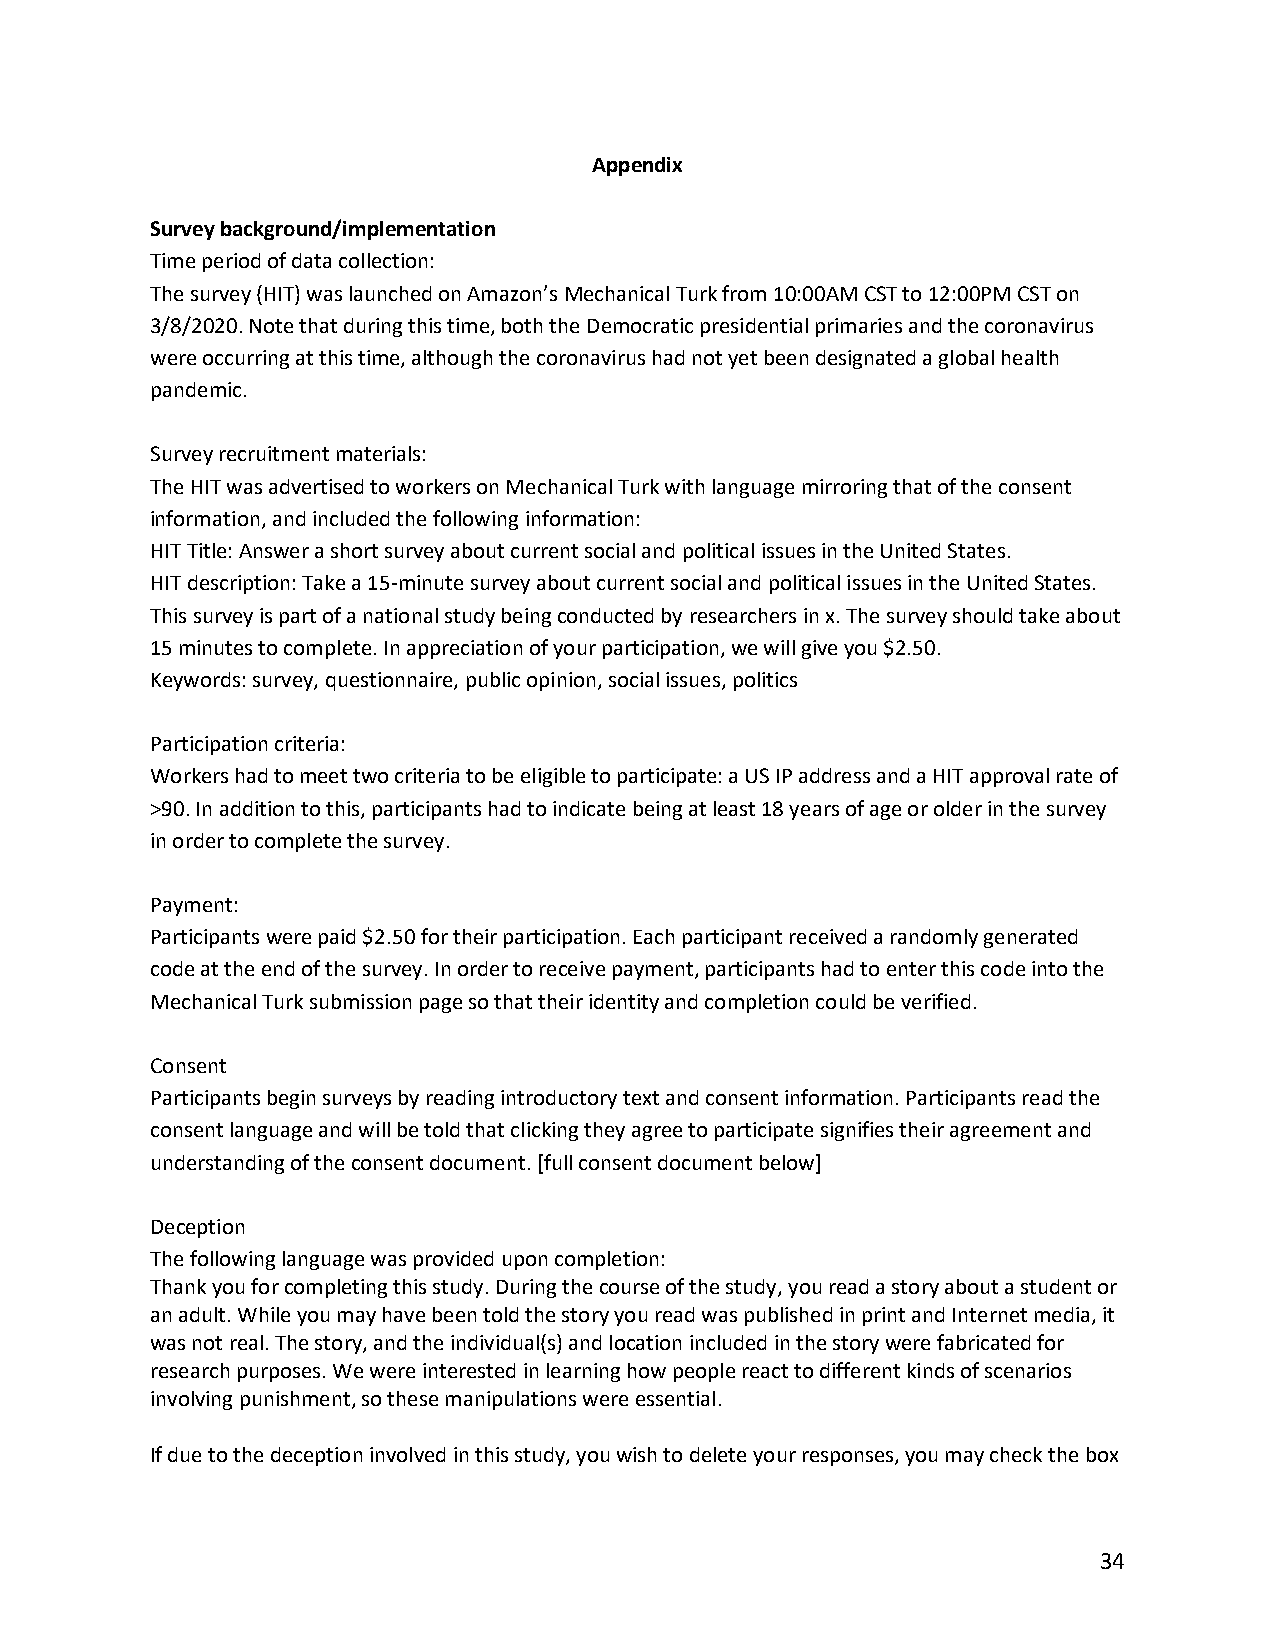
Appendix
 Survey background/implementation
 Time period of data collection:
 The survey (HIT) was launched on Amazon’s Mechanical Turk from 10:00AM CST to 12:00PM CST on
 3/8/2020. Note that during this time, both the Democratic presidential primaries and the coronavirus
 were occurring at this time, although the coronavirus had not yet been designated a global health
 pandemic.
 Survey recruitment materials:
 The HIT was advertised to workers on Mechanical Turk with language mirroring that of the consent
 information, and included the following information:
 HIT Title: Answer a short survey about current social and political issues in the United States.
 HIT description: Take a 15-minute survey about current social and political issues in the United States.
 This survey is part of a national study being conducted by researchers in x. The survey should take about
 15 minutes to complete. In appreciation of your participation, we will give you $2.50.
 Keywords: survey, questionnaire, public opinion, social issues, politics
 Participation criteria:
 Workers had to meet two criteria to be eligible to participate: a US IP address and a HIT approval rate of
 >90. In addition to this, participants had to indicate being at least 18 years of age or older in the survey
 in order to complete the survey.
 Payment:
 Participants were paid $2.50 for their participation. Each participant received a randomly generated
 code at the end of the survey. In order to receive payment, participants had to enter this code into the
 Mechanical Turk submission page so that their identity and completion could be verified.
 Consent
 Participants begin surveys by reading introductory text and consent information. Participants read the
 consent language and will be told that clicking they agree to participate signifies their agreement and
 understanding of the consent document. [full consent document below]
 Deception
 The following language was provided upon completion:
 Thank you for completing this study. During the course of the study, you read a story about a student or
 an adult. While you may have been told the story you read was published in print and Internet media, it
 was not real. The story, and the individual(s) and location included in the story were fabricated for
 research purposes. We were interested in learning how people react to different kinds of scenarios
 involving punishment, so these manipulations were essential.
 If due to the deception involved in this study, you wish to delete your responses, you may check the box
 34